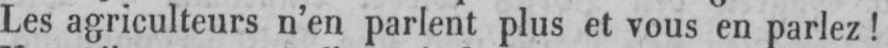
Les agriculteurs n’en parlent plus et vous en parlez!